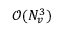
\mathcal { O } ( N _ { v } ^ { 3 } )